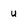
Character: u